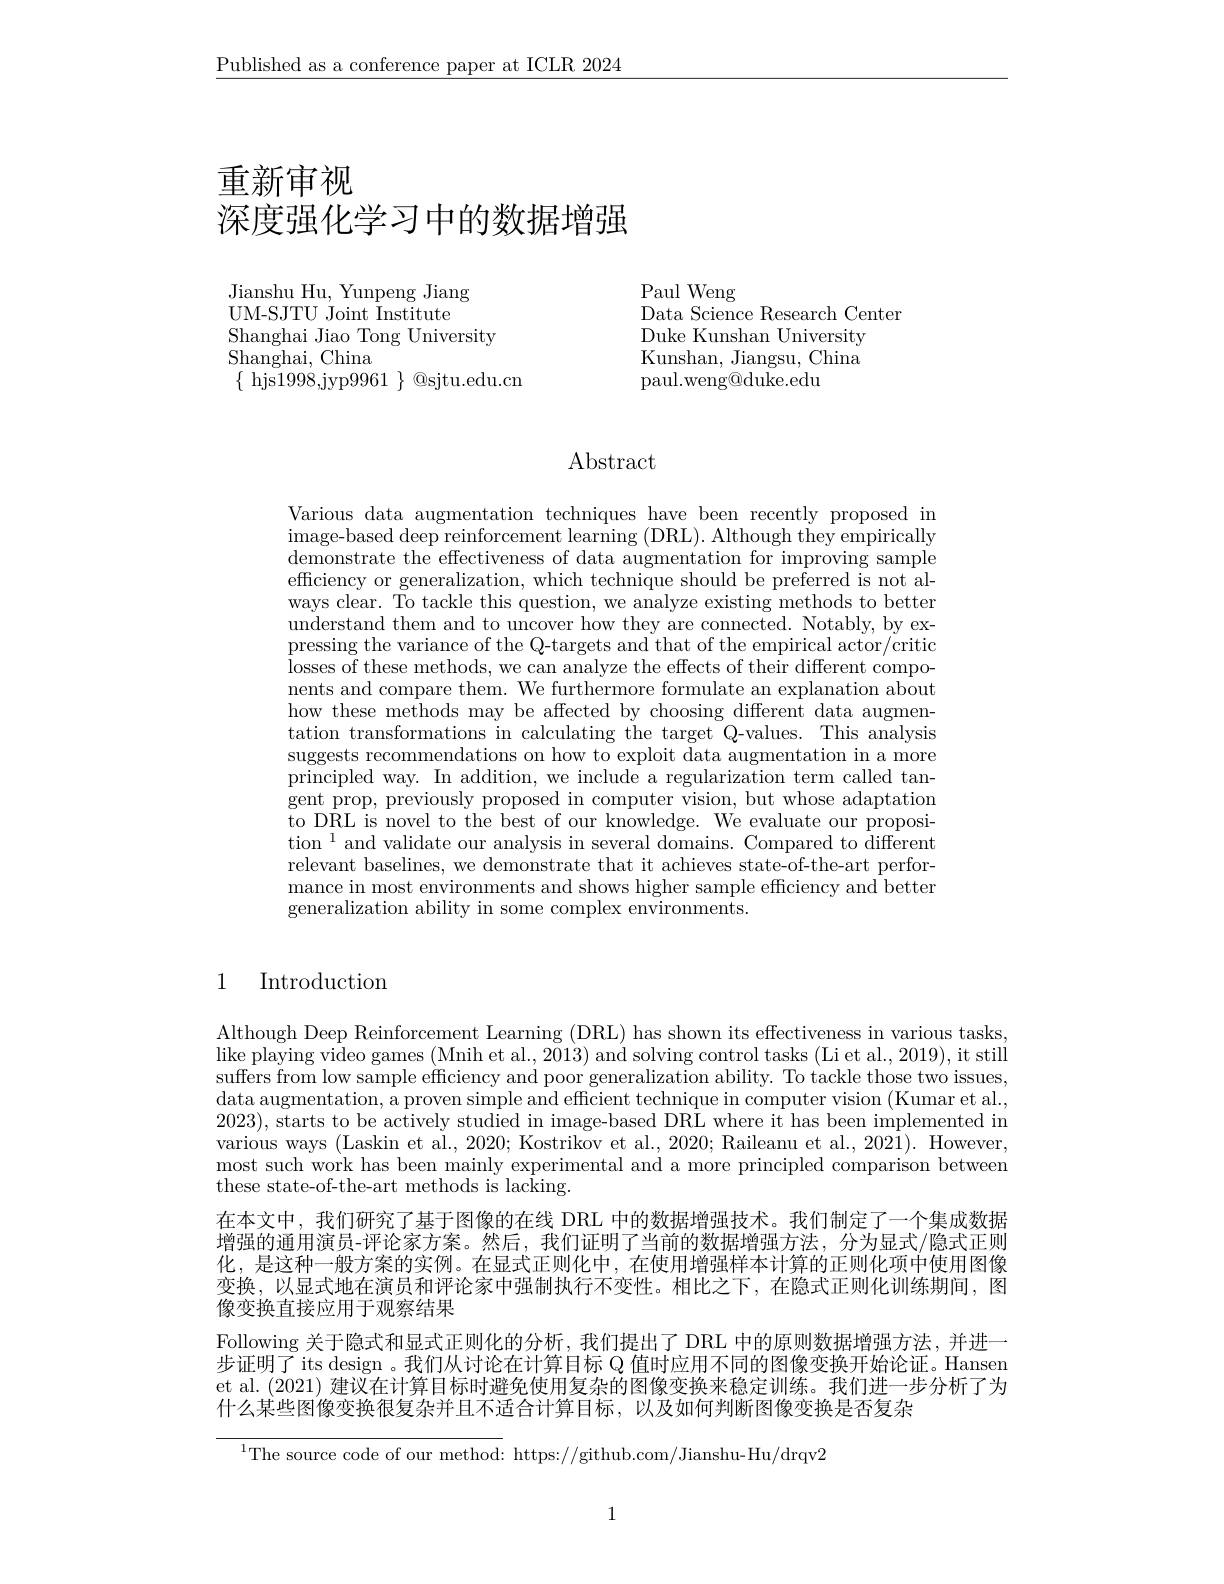
$\underline{\text{Published as a conference paper at ICLR 2024}}$

# 重新审视
深度强化学习中的数据增强

Jianshu Hu, Yunpeng Jiang UM-SJTU Joint Institute Shanghai Jiao Tong University
Shanghai, China
$\{$ hjs1998,jyp9961 $\}$ @sjtu.edu.cn

Paul Weng
Data Science Research Center
Duke Kunshan University Kunshan, Jiangsu, China paul.weng@duke.edu

# Abstract

Various data augmentation techniques have been recently proposed in image- based deep reinforcement learning ( DRL) . Although they empirically demonstrate the effectiveness of data augmentation for improving sample efficiency or generalization ways clear. To tackle this question, we analyze existing methods to better understand them and to uncov pressing the variance of the Iosses of these methods, we can analyze the effects of their different compo- nents and compare them. We furthermore formulate an explanation about how these methods may be aff tation transformations in calculating the target Q-values. This analysis suggests recommendations on principled way. In addition, we include a regularization term called tangent prop, previously proposed in computer vision, but whose adaptation to DRL is novel to the best tion $^1$ and validate our analysis in several domains. Compared to different relevant baselines, we demon mance in most environments and shows higher sample efficiency and better generalization ability in some complex environments.

### 1 Introduction

Although Deep Reinforcement Learning (DRL) has shown its effectiveness in various tasks, $\bar{\text{like playing video games }(\text{Mnih et al., 2013) and solving control tasks }}($Li et al., 2019), it still suffers from low sample efficiency and poor generalization ability. To tackle those two issues, data augmentation, a proven simple and efficient technique in computer vision (Kumar et al., 2023), starts to be actively studied in image-based DRL where it has been implemented in various ways (Laskin et al., 2020; Kostrikov et al., 2020; Raileanu et al., 2021). However, most such work has been mainly experimental and a more principled comparison between these state-of-the-art methods is lacking
在本文中，我们研究了基于图像的在线 DRL 中的数据增强技术。我们制定了一个集成数据增强的通用演员-评论家方案。然后，我们证明了当前的数据增强方法，分为显式/隐式正则化，是这种一般方案的实例。在显式正则化中，在使用增强样本计算的正则化项中使用图像变换，以显式地在演员和评论家中强制执行不变性。相比之下， 像变换直接应用于观察结果
Following 关于隐式和显式正则化的分析，我们提出步证明了 its design 。我们从讨论在计算目标 Q 值时应用不同的图像变换开始论证。Hansen et al. (2021) 建议在计算目标时避免使用复杂什么某些图像变换很复杂并且不适合计算目标，以及如何判断图像变换是否复杂

$^{1}$The source code of our

1